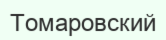
Томаровский